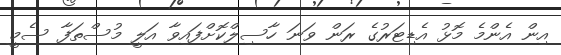
އިން އެންމެ މޮޅު އެޑިޓަރުގެ ރަން ވަނަ ހާސިލްކޮށްފައިވާ އަލީ މުސްތަފާ ސެމީ